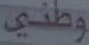
وطني